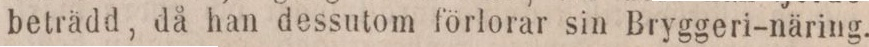
beträdd, då han dessutom förlorar sin Bryggeri-näring.